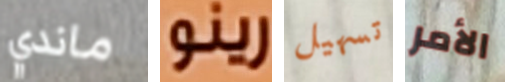
ماندي رينو تسهيل الأمر